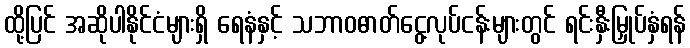
ထို့ပြင် အဆိုပါနိုင်ငံများရှိ ရေနံနှင့် သဘာဝဓာတ်ငွေ့လုပ်ငန်းများတွင် ရင်းနှီးမြှုပ်နှံရန်